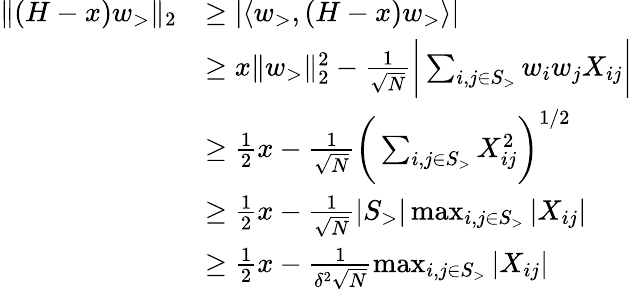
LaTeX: \begin{array}{rl}{\| (H-x)w_{>}\| _{2}}&{\ge|\langle w_{>},(H-x)w_{>}\rangle|}\\ &{\ge x\| w_{>}\| _{2}^{2}-\frac 1{\sqrt{N}}\bigg|\sum_{i,j\in S_{>}}w_{i}w_{j}X_{ij}\bigg|}\\ &{\ge\frac 12x-\frac 1{\sqrt{N}}\bigg(\sum_{i,j\in S_{>}}X_{ij}^{2}\bigg)^{1/2}}\\ &{\ge\frac 12x-\frac 1{\sqrt{N}}|S_{>}|\operatorname*{max}_{i,j\in S_{>}}|X_{ij}|}\\ &{\ge\frac 12x-\frac 1{\delta^{2}\sqrt{N}}\operatorname*{max}_{i,j\in S_{>}}|X_{ij}|}\end{array}